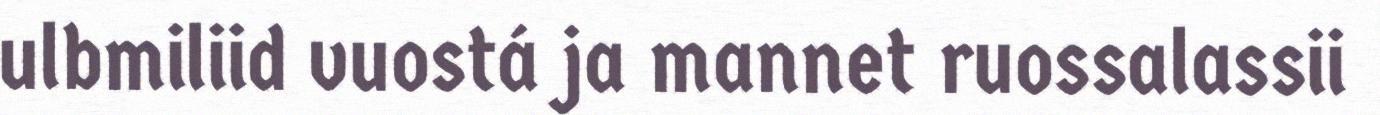
ulbmiliid vuostá ja mannet ruossalassii